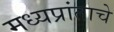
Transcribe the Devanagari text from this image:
मध्यप्रांताचे